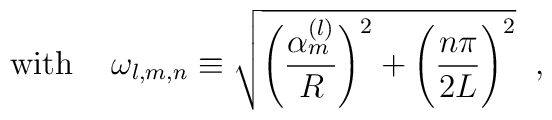
\mbox{with } \;\;\; \omega_{l,m,n}\equiv \sqrt{\Biggl(\frac{\alpha_m^{(l)}}R\Biggr)^2      +\Biggl(\frac{n\pi}{2L}\Biggr)^2} \;\; ,